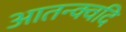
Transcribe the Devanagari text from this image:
आतन्क्वदि